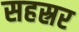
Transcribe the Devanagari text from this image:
सहस्रर